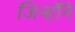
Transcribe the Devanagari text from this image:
जिन्होँने